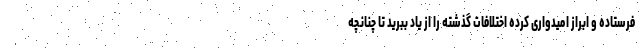
فرستاده و ابراز امیدواری کرده اختلافات گذشته را از یاد ببرید تا چنانچه